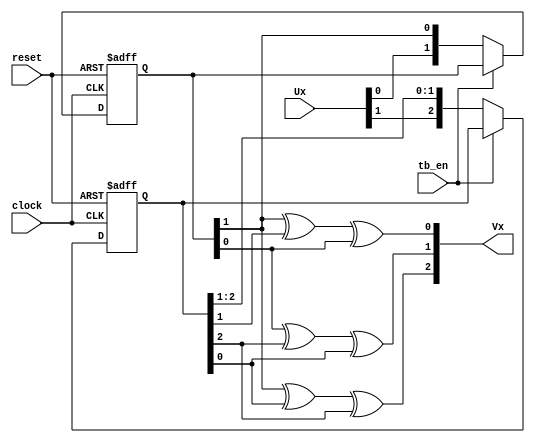
/*=========================================================
   module ENCODER_322.v

   Implements a (3,2,2) convolutional encoder

   Generator Matrix g=[110;010;010;101;100;101]

   John O'Shea, jfoshea@gmail.com

============================================================*/

`timescale 1 ns/1 ns

module ENCODER_322 (Vx,Ux,tb_en,clock,reset);

   output [2:0] Vx;
	     
   input [1:0] 	Ux;
   input        tb_en;
   input        clock;
   input        reset;

   reg 	[1:0]	enc_reg_s11;
   reg 	[2:0]	enc_reg_s21s22;
   

always @(posedge clock or posedge reset)
  begin
     if(reset)
       begin
	  enc_reg_s11    <=0;
	  enc_reg_s21s22 <=0;
       end
     else
       begin
          if (!tb_en)
             begin
                enc_reg_s11    <={Ux[0], enc_reg_s11[1]};
                enc_reg_s21s22 <={Ux[1], enc_reg_s21s22[2:1]};
	     end
       end
   end

   assign Vx[0] = enc_reg_s11[1] ^ enc_reg_s21s22[1] ^ enc_reg_s11[0];
   assign Vx[1] = enc_reg_s11[0] ^ enc_reg_s21s22[2] ^ enc_reg_s21s22[0];
   assign Vx[2] = enc_reg_s11[1] ^ enc_reg_s21s22[0] ^ enc_reg_s21s22[2];
   
endmodule